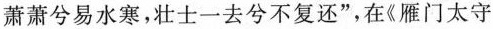
萧萧兮易水寒，壮士一去兮不复还”，在《雁门太守